Annual report on the Civil Veterinary Department, Burma (including the Insein Veterinary School) - 1910-1922
Year: 1910
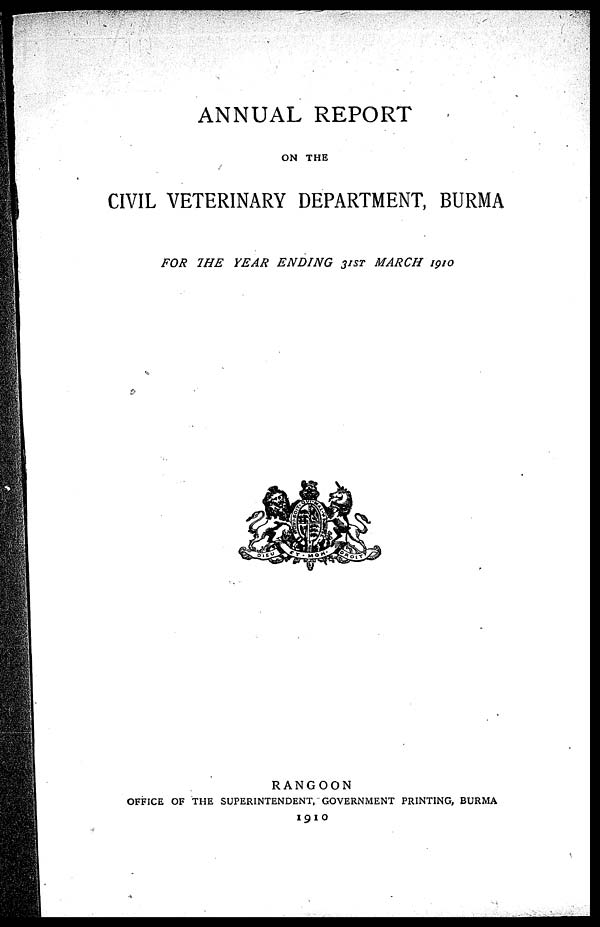
ANNUAL REPORT
ON THE
CIVIL VETERINARY DEPARTMENT, BURMA
FOR THE YEAR ENDING
31ST MARCH 1910
RANGOON
OFFICE OF THE SUPERINTENDENT, GOVERNMENT PRINTING, BURMA
1910